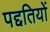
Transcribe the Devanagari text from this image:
पद्दतियों